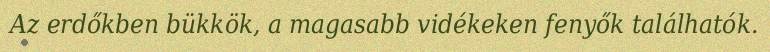
Az erdőkben bükkök, a magasabb vidékeken fenyők találhatók.